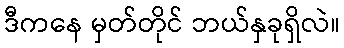
ဒီကနေ မှတ်တိုင် ဘယ်နှခုရှိလဲ။